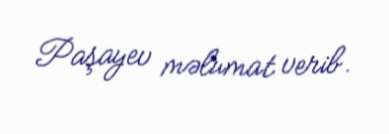
Paşayev məlumat verib.